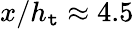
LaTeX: x/h_{\mathtt{t}}\approx4.5